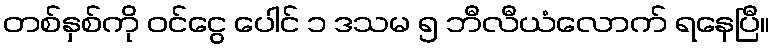
တစ်နှစ်ကို ဝင်ငွေ ပေါင် ၁ ဒသမ ၅ ဘီလီယံလောက် ရနေပြီ။